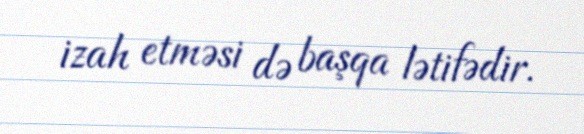
izah etməsi də başqa lətifədir.